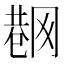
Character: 𱜟